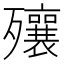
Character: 𣩽